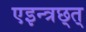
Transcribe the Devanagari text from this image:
एइन्त्रछ्त्